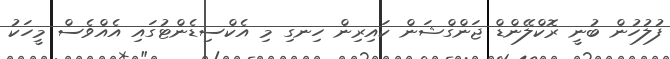
ފުލުހުން ބުނީ ރޮކްލޭންޑް ޖަންގްޝަން ކައިރިން ހިނގި މި އެކްސިޑެންޓުގައި އެއްވެސް މީހަކު